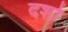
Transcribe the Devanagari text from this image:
दशो